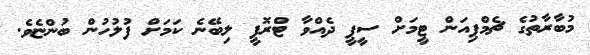
މުބާރާތުގެ ޗެމްޕިއަން ޓީމަށް ސީޕީ ދެއްވާ ޓްރޮފީ ލިބޭނެ ކަމަށް ފުލުހުން ބުންޏެވެ.